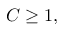
C \geq 1 ,